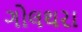
ગોલથરા